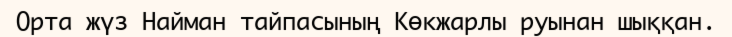
Орта жүз Найман тайпасының Көкжарлы руынан шыққан.